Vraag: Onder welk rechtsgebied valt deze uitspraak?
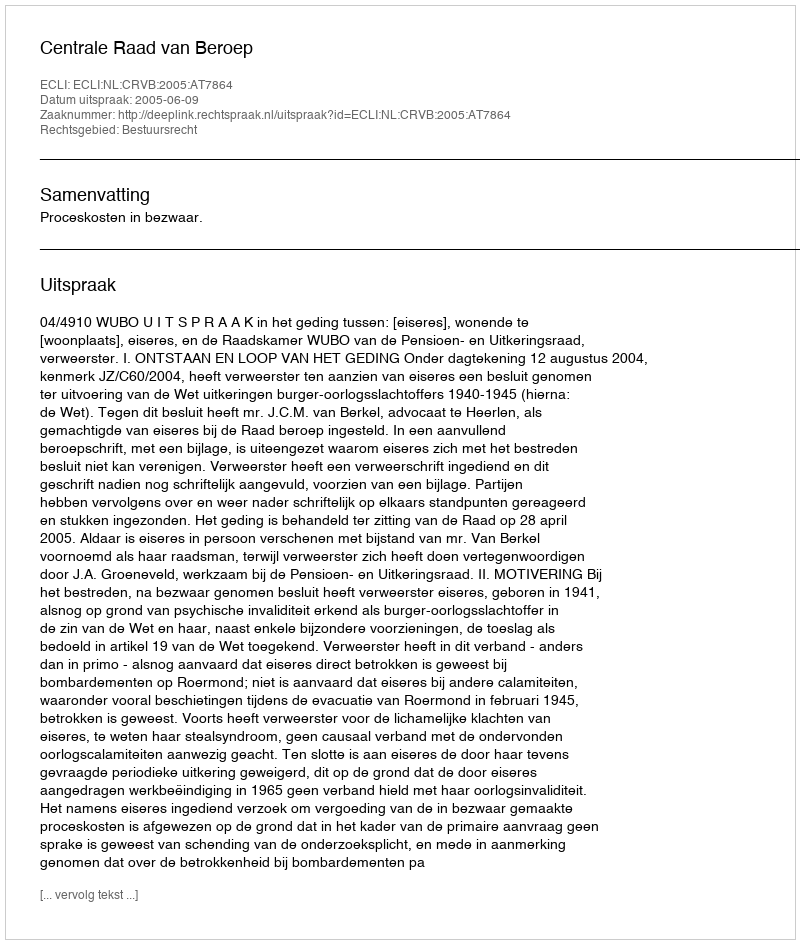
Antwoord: Bestuursrecht